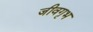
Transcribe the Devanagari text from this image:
जीवगृभ